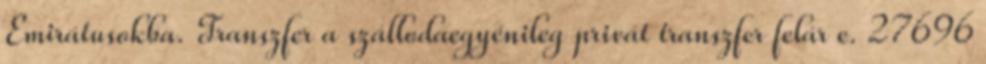
Emirátusokba. Transzfer a szállodaegyénileg privát transzfer felár e. 27696